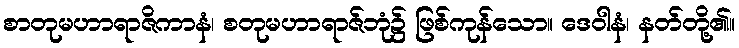
စာတုမဟာရာဇိကာနံ၊ စတုမဟာရာဇ်ဘုံ၌ ဖြစ်ကုန်သော။ ဒေဝါနံ၊ နတ်တို့၏။